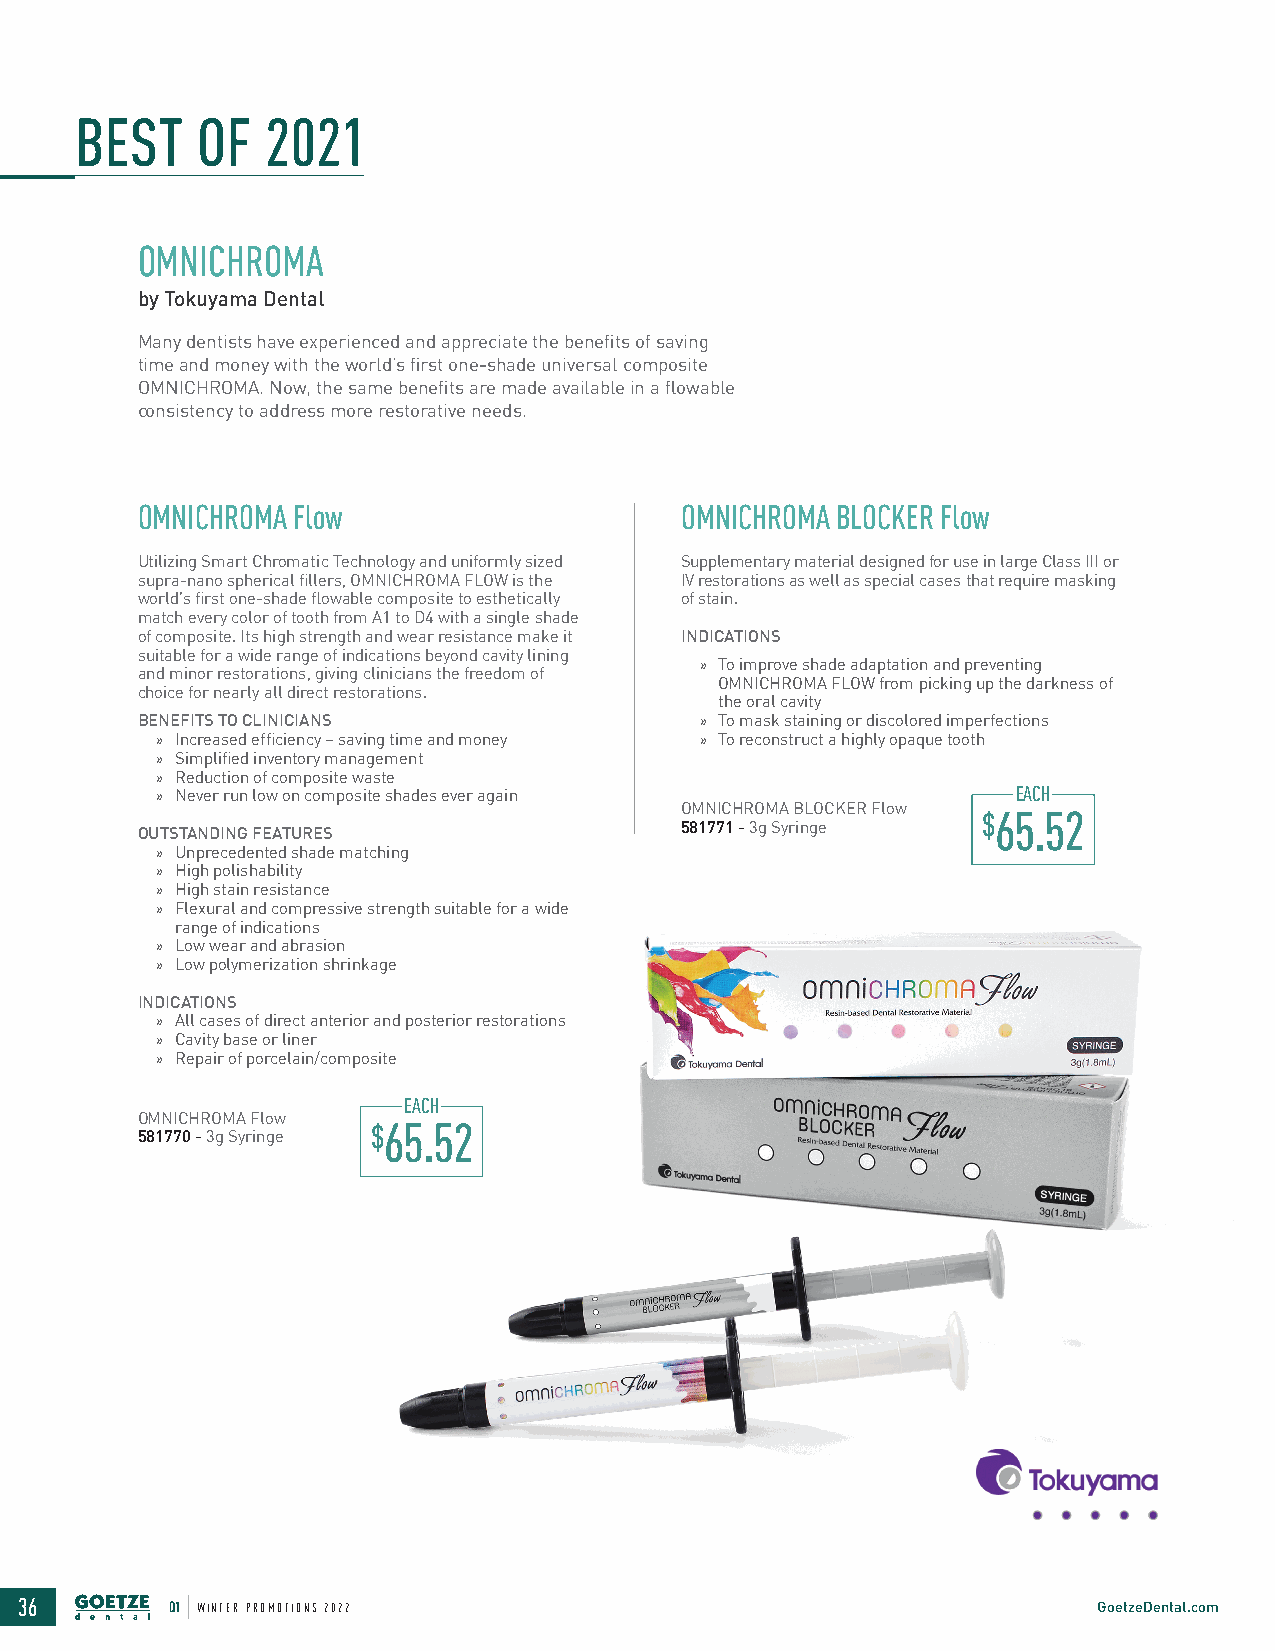
BBEESSTT OOFF 22002211
 OMNICHROMA
 by Tokuyama Dental
 Many dentists have experienced and appreciate the benefits of saving
 time and money with the world’s first one-shade universal composite
 OMNICHROMA. Now, the same benefits are made available in a flowable
 consistency to address more restorative needs.
 OMNICHROMA Flow                     OMNICHROMA BLOCKER Flow
 Utilizing Smart Chromatic Technology and uniformly sized Supplementary material designed for use in large Class III or
 supra-nano spherical fillers, OMNICHROMA FLOW is the IV restorations as well as special cases that require masking
 world’s first one-shade flowable composite to esthetically of stain.
 match every color of tooth from A1 to D4 with a single shade
 of composite. Its high strength and wear resistance make it INDICATIONS
 suitable for a wide range of indications beyond cavity lining
 » To improve shade adaptation and preventing
 and minor restorations, giving clinicians the freedom of
 OMNICHROMA FLOW from picking up the darkness of
 choice for nearly all direct restorations.
 the oral cavity
 BENEFITS TO CLINICIANS                » To mask staining or discolored imperfections
 » Increased efficiency – saving time and money » To reconstruct a highly opaque tooth
 » Simplified inventory management
 » Reduction of composite waste
 » Never run low on composite shades ever again          EACH
 OMNICHROMA BLOCKER Flow $65.52
 OUTSTANDING FEATURES                581771 - 3g Syringe
 » Unprecedented shade matching
 » High polishability
 » High stain resistance
 » Flexural and compressive strength suitable for a wide
 range of indications
 » Low wear and abrasion
 » Low polymerization shrinkage
 INDICATIONS
 » All cases of direct anterior and posterior restorations
 » Cavity base or liner
 » Repair of porcelain/composite
 EACH
 OMNICHROMA Flow
 $65.52
 581770 - 3g Syringe
 36        Q1 WINTER PROMOTIONS 2022                                     GoetzeDental.com